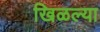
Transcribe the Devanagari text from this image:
खिळल्या